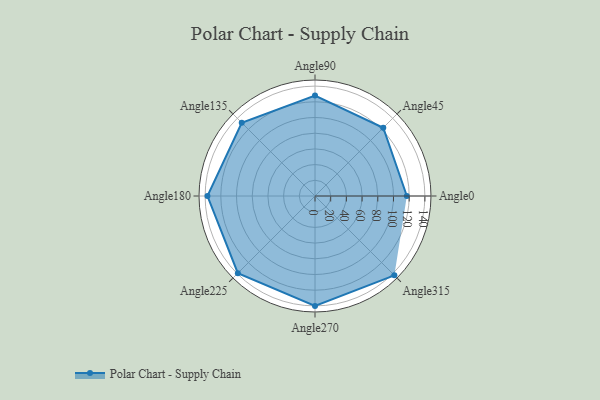
{"axis": {"x": "Angle", "y": "Radius"}, "legend": [""], "data": [{"x": "Angle0", "y": 117.0, "type": ""}, {"x": "Angle45", "y": 123.0, "type": ""}, {"x": "Angle90", "y": 128.0, "type": ""}, {"x": "Angle135", "y": 132.0, "type": ""}, {"x": "Angle180", "y": 137.0, "type": ""}, {"x": "Angle225", "y": 139.0, "type": ""}, {"x": "Angle270", "y": 140.0, "type": ""}, {"x": "Angle315", "y": 143.0, "type": ""}]}